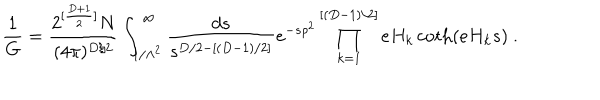
\frac { 1 } { G } = \frac { 2 ^ { [ \frac { D + 1 } { 2 } ] } N } { ( 4 \pi ) ^ { D / 2 } } \int _ { 1 / \Lambda ^ { 2 } } ^ { \infty } \frac { d s } { s ^ { D / 2 - [ ( D - 1 ) / 2 ] } } e ^ { - s \rho ^ { 2 } } \prod _ { k = 1 } ^ { [ ( D - 1 ) / 2 ] } e H _ { k } \coth ( e H _ { k } s ) ~ .